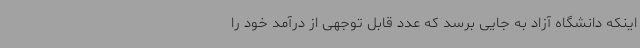
اینکه دانشگاه آزاد به جایی برسد که عدد قابل توجهی از درآمد خود را